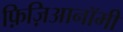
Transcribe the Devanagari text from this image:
फ़िज़िआनॉमी